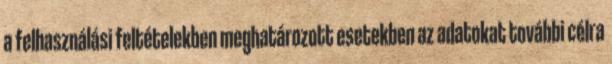
a felhasználási feltételekben meghatározott esetekben az adatokat további célra